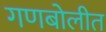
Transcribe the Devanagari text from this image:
गणबोलीत